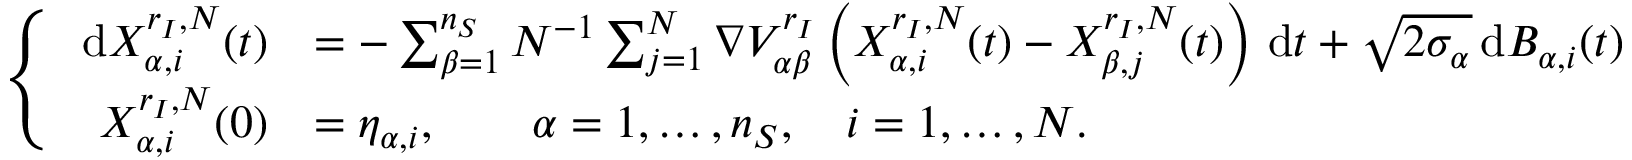
\left\{ \begin{array} { r l } { \, \mathrm { d } X _ { \alpha , i } ^ { { r _ { I } } , N } ( t ) } & { = - \sum _ { \beta = 1 } ^ { n _ { S } } N ^ { - 1 } \sum _ { j = 1 } ^ { N } \nabla { V _ { \alpha \beta } ^ { r _ { I } } } \left( X _ { \alpha , i } ^ { { r _ { I } } , N } ( t ) - X _ { \beta , j } ^ { { r _ { I } } , N } ( t ) \right) \, \mathrm { d } t + \sqrt { 2 \sigma _ { \alpha } } \, \mathrm { d } B _ { \alpha , i } ( t ) } \\ { X _ { \alpha , i } ^ { { r _ { I } } , N } ( 0 ) } & { = \eta _ { \alpha , i } , \qquad \alpha = 1 , \ldots , { n _ { S } } , \quad i = 1 , \ldots , N . } \end{array} \right.